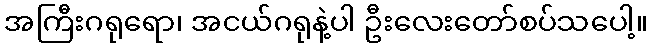
အကြီးဂရုရော၊ အငယ်ဂရုနဲ့ပါ ဦးလေးတော်စပ်သပေါ့။